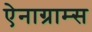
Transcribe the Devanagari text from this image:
ऐनाग्राम्स